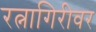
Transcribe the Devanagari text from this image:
रत्नागिरीवर